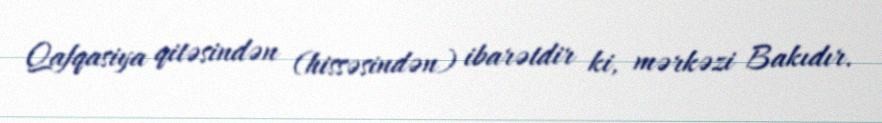
Qafqasiya qitəsindən (hissəsindən) ibarətdir ki, mərkəzi Bakıdır.